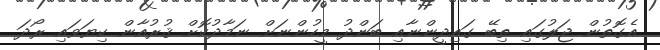
އެގޮތުން ޖަލުގައި ތިބޭ ގައިދީންނާއި ބަންދު މީހުންނަށް ނަމާދުކޮށް ޤުރުއާން ކިޔަވައި ރޯދަ